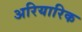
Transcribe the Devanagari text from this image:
अरियारिक